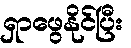
ရှာဖွေနိုင်ပြီး